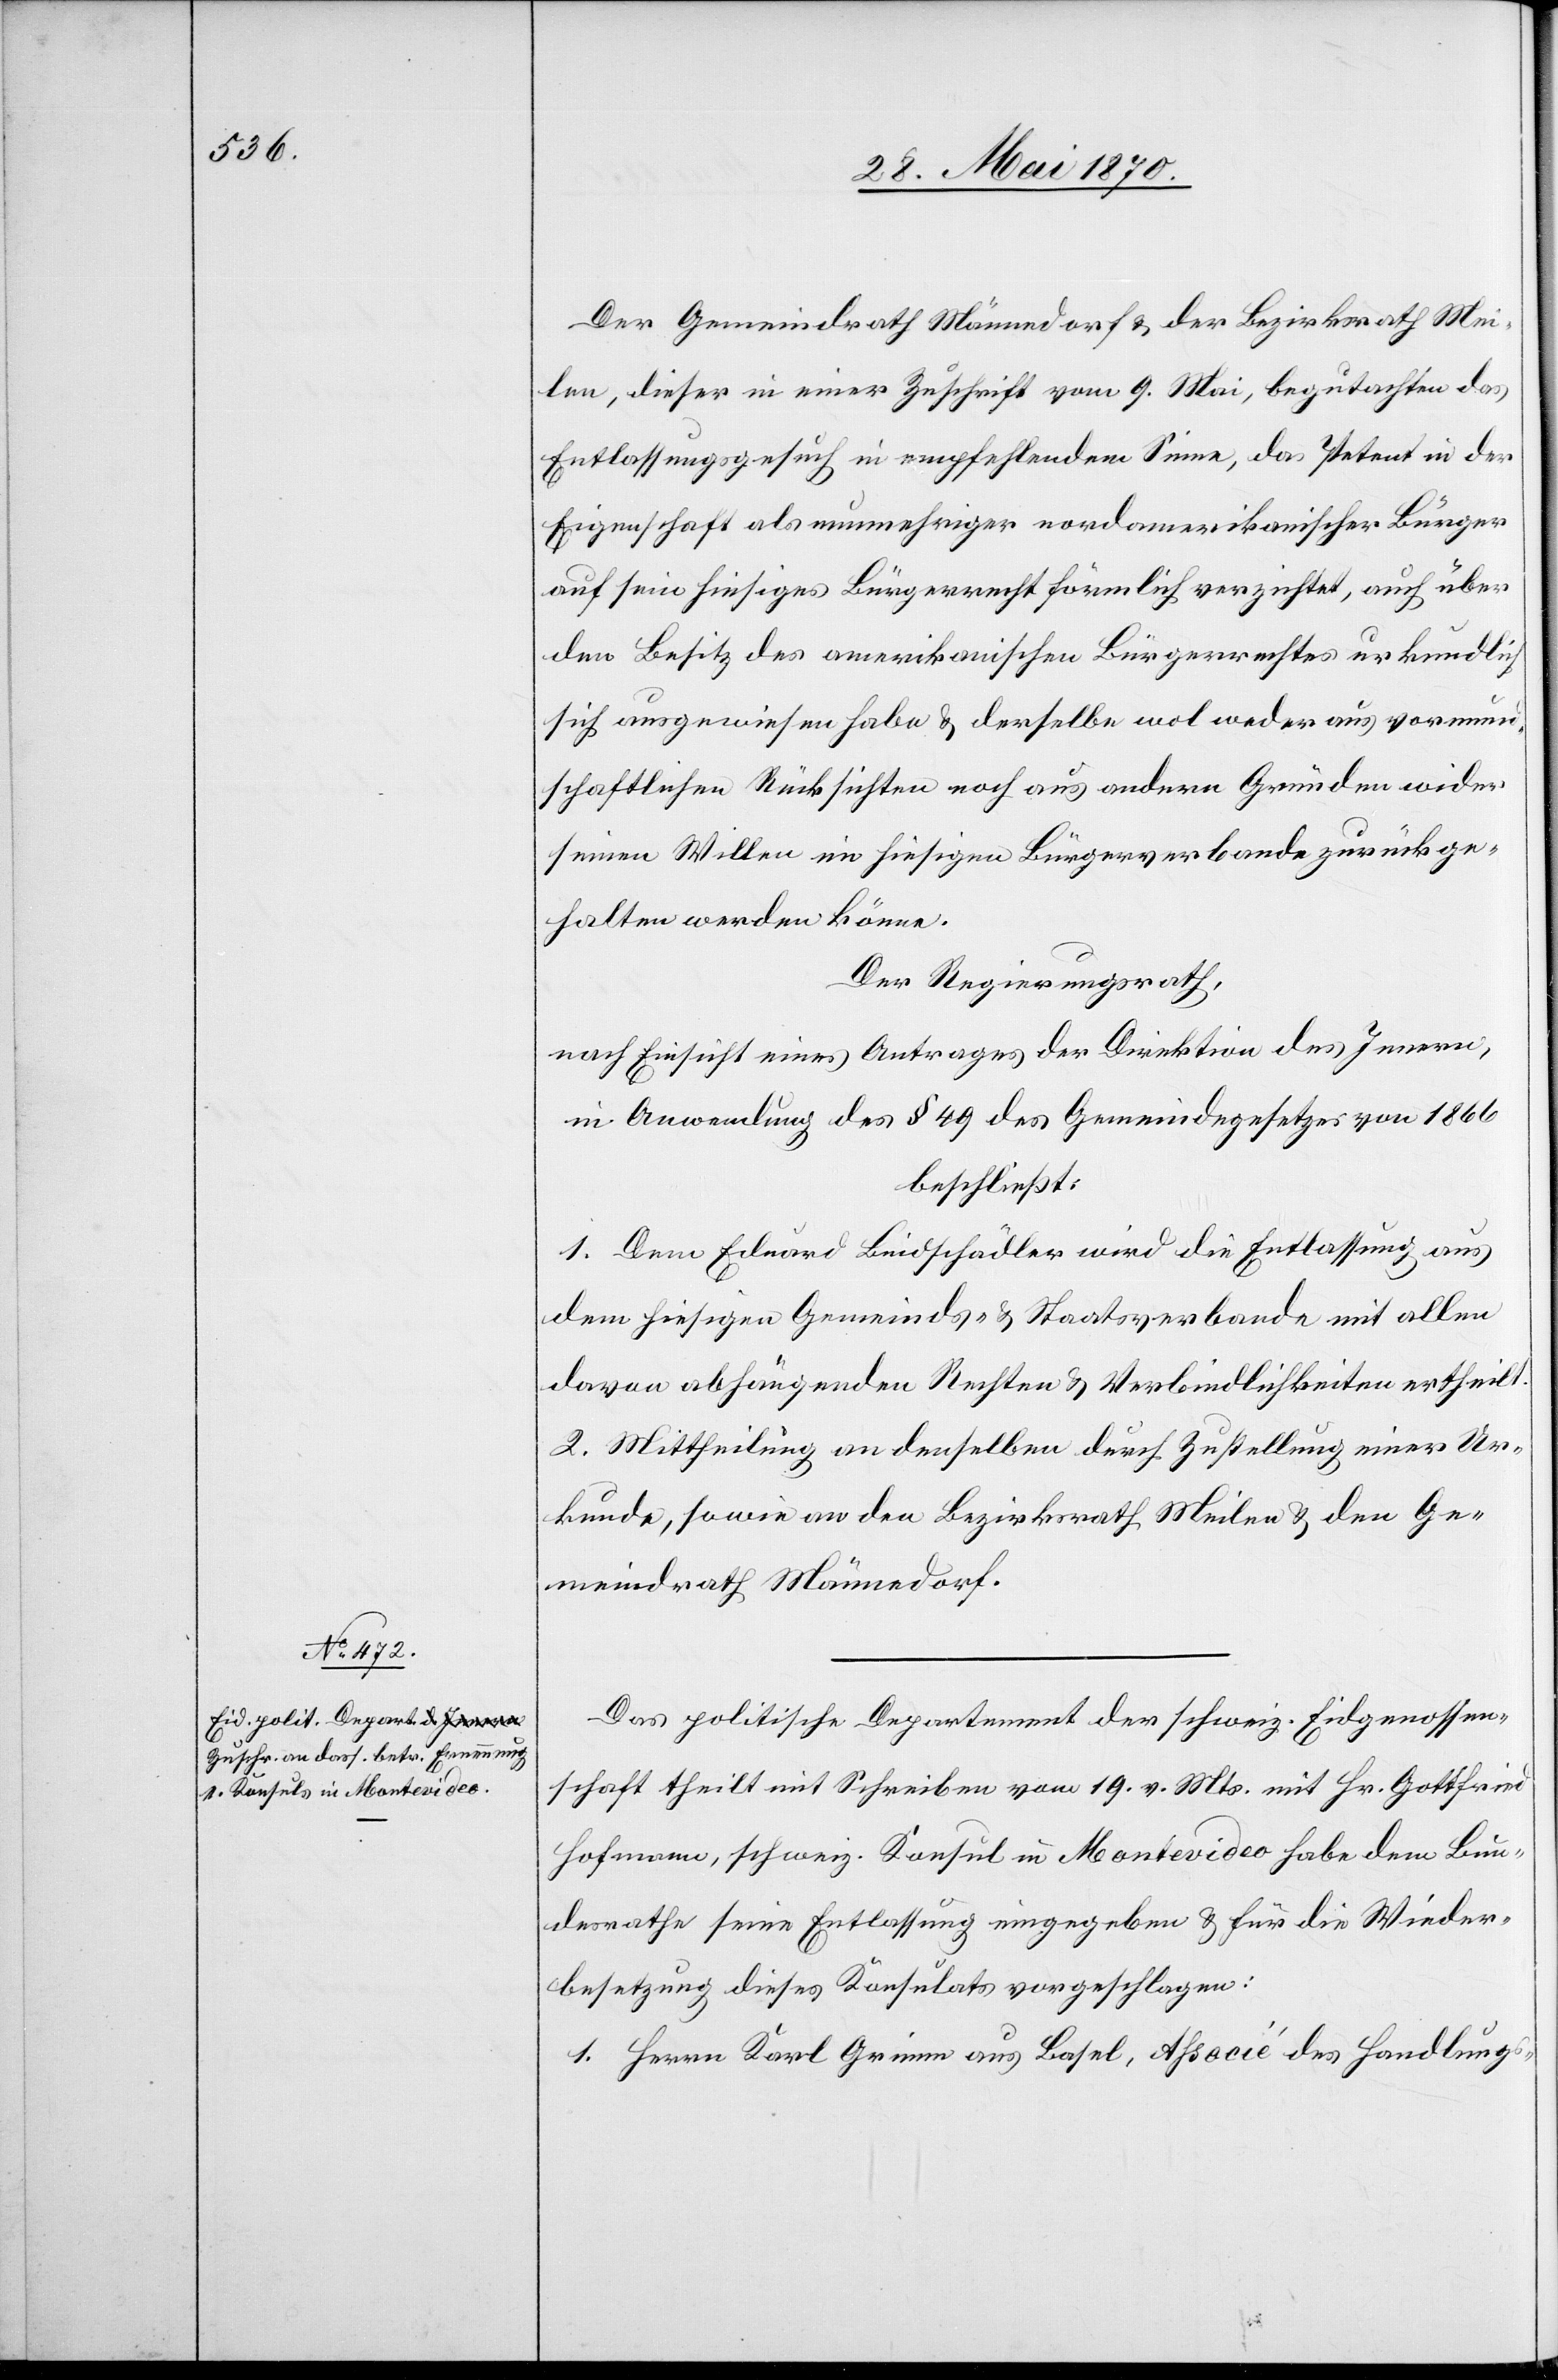
Der Gemeindrath Männedorf & der Bezirksrath Mei¬
len, dieser in einer Zuschrift vom 9. Mai, begutachten das
Entlassungsgesuch in empfehlendem Sinne, das Petent in der
Eigenschaft als nunmehriger nordamerikanischer Bürger
auf sein hiesiges Bürgerrechts förmlich verzichtet, auch über
den Besitz des amerikanischen Bürgerrechtes urkundlich
sich ausgewiesen habe & derselbe wol weder aus vormund¬
schaftlichen Rücksichten noch aus andern Gründen wider
seinen Willen im hiesigen Bürgerverbande zurückge¬
halten werden könne.
Der Regierungsrath,
nach Einsicht eines Antrages der Direktion des Innern,
in Anwendung des § 49 des Gemeindegesetzes von 1866
beschließt:
1. Dem Eduard Bindschädler wird die Entlassung aus
dem hiesigen Gemeinds- & Staatsverbande mit allen
davon abhängenden Rechten & Verbindlichkeiten ertheilt.
2. Mittheilung an denselben durch Zustellung einer Ur¬
kunde, sowie an den Bezirksrath Meilen & den Ge¬
meindrath Männedorf.
Das politische Departement der schweiz. Eidgenossen¬
schaft theilt mit Schreiben vom 19. v. Mts. mit Hr. Gottfried
Hofmann, schweiz. Konsul in Montevideo haben dem Bun¬
desrathe seine Entlassung eingegeben & für die Wieder¬
besetzung dieses Konsulats vorgeschlagen:
1. Herrn Karl Grimm aus Basel, Associé des Handlungs-